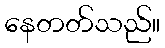
နေတတ်သည်။